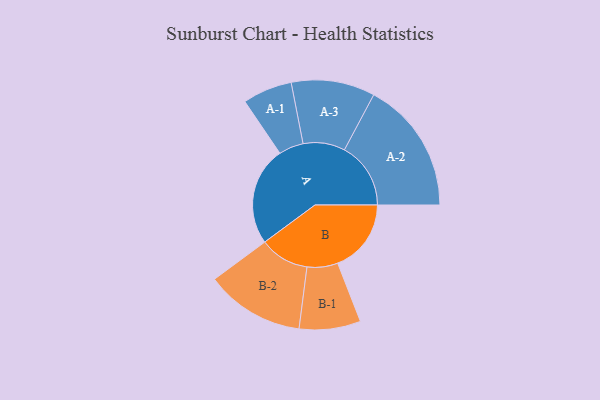
{"axis": {"x": "Segment", "y": "Value"}, "legend": ["", "A", "B"], "data": [{"x": "A", "y": 399, "type": ""}, {"x": "B", "y": 297, "type": ""}, {"x": "A-1", "y": 100, "type": "A"}, {"x": "A-2", "y": 268, "type": "A"}, {"x": "A-3", "y": 169, "type": "A"}, {"x": "B-1", "y": 124, "type": "B"}, {"x": "B-2", "y": 200, "type": "B"}]}